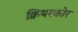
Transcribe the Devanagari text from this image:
क्वियरकोर